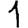
Digit: 1